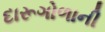
દારૂગોળાની